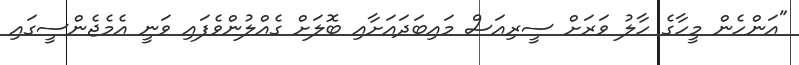
"އަންހެން މީހާގެ ހާލު ވަރަށް ސީރިއަސް މައިބަދައަށާއި ބޮލަށް ގެއްލުންވެފައި ވަނީ އެމެޖެންސީގައި